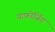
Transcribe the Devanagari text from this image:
याफोर्जिंग